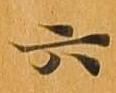
六